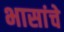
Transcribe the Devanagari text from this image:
भासांचे